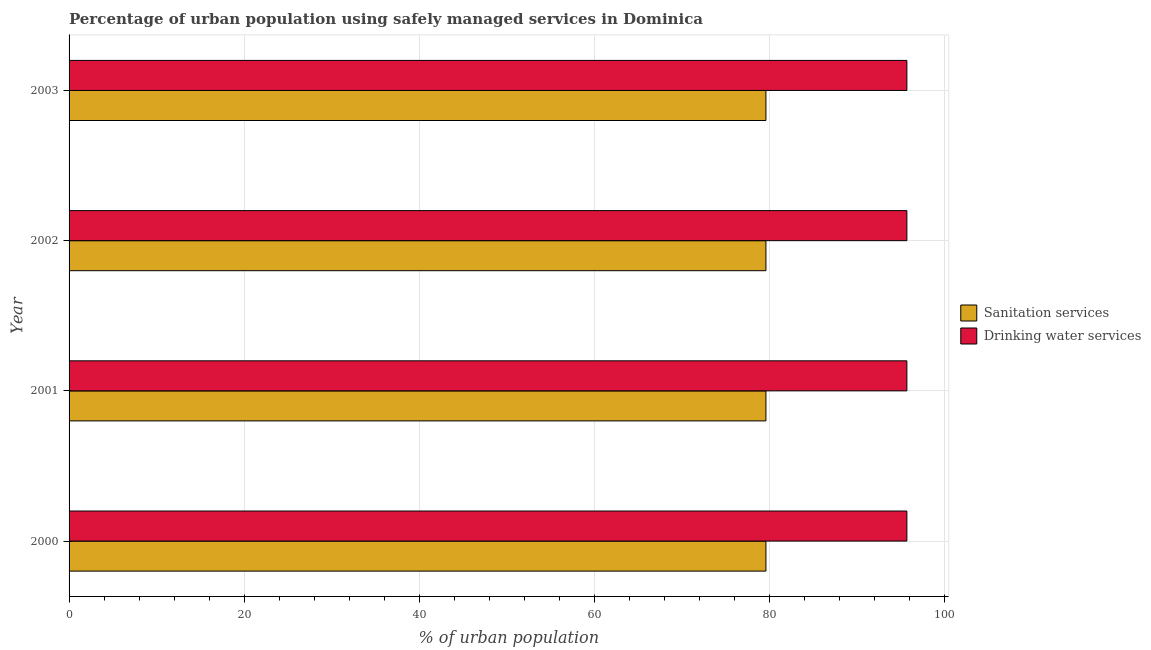
| Year | Sanitation services | Drinking water services |
 | --- | --- | --- |
 | 2000 | 79.6 | 95.7 |
 | 2001 | 79.6 | 95.7 |
 | 2002 | 79.6 | 95.7 |
 | 2003 | 79.6 | 95.7 |